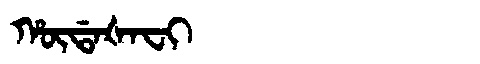
Manchu: ᡥᡡᡩᠠᡧᠠᠸᡳ
Romanization: HŪDAŠAFI